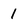
Character: 1